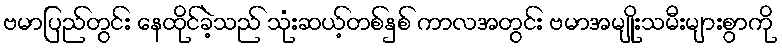
ဗမာပြည်တွင်း နေထိုင်ခဲ့သည် သုံးဆယ့်တစ်နှစ် ကာလအတွင်း ဗမာအမျိုးသမီးများစွာကို